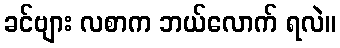
ခင်ဗျား လစာက ဘယ်လောက် ရလဲ။